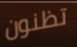
تظنون